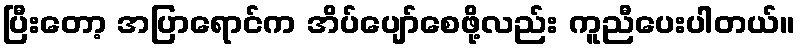
ပြီးတော့ အပြာရောင်က အိပ်ပျော်စေဖို့လည်း ကူညီပေးပါတယ်။